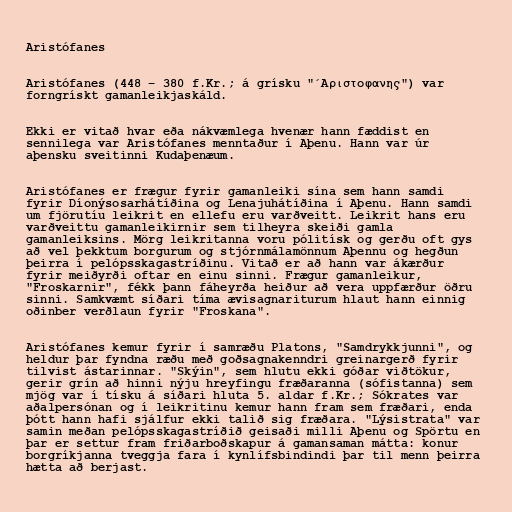
Aristófanes

Aristófanes (448 – 380 f.Kr.; á grísku "΄Αριστοφανης") var
forngrískt gamanleikjaskáld.

Ekki er vitað hvar eða nákvæmlega hvenær hann fæddist en
sennilega var Aristófanes menntaður í Aþenu. Hann var úr
aþensku sveitinni Kudaþenæum.

Aristófanes er frægur fyrir gamanleiki sína sem hann samdi
fyrir Díonýsosarhátíðina og Lenajuhátíðina í Aþenu. Hann samdi
um fjörutíu leikrit en ellefu eru varðveitt. Leikrit hans eru
varðveittu gamanleikirnir sem tilheyra skeiði gamla
gamanleiksins. Mörg leikritanna voru pólitísk og gerðu oft gys
að vel þekktum borgurum og stjórnmálamönnum Aþennu og hegðun
þeirra í pelópsskagastríðinu. Vitað er að hann var ákærður
fyrir meiðyrði oftar en einu sinni. Frægur gamanleikur,
"Froskarnir", fékk þann fáheyrða heiður að vera uppfærður öðru
sinni. Samkvæmt síðari tíma ævisagnariturum hlaut hann einnig
oðinber verðlaun fyrir "Froskana".

Aristófanes kemur fyrir í samræðu Platons, "Samdrykkjunni", og
heldur þar fyndna ræðu með goðsagnakenndri greinargerð fyrir
tilvist ástarinnar. "Skýin", sem hlutu ekki góðar viðtökur,
gerir grín að hinni nýju hreyfingu fræðaranna (sófistanna) sem
mjög var í tísku á síðari hluta 5. aldar f.Kr.; Sókrates var
aðalpersónan og í leikritinu kemur hann fram sem fræðari, enda
þótt hann hafi sjálfur ekki talið sig fræðara. "Lýsistrata" var
samin meðan pelópsskagastríðið geisaði milli Aþenu og Spörtu en
þar er settur fram friðarboðskapur á gamansaman mátta: konur
borgríkjanna tveggja fara í kynlífsbindindi þar til menn þeirra
hætta að berjast.